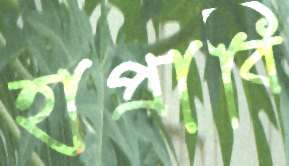
হাপ্‌রাবি